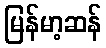
မြန်မာ့ဆန်